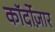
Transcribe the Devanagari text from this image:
कॉर्दोज़ार